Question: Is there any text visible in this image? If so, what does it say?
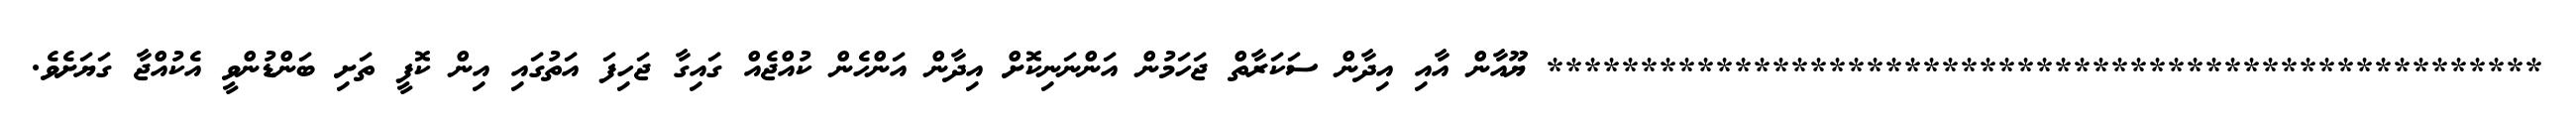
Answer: ***************************************************** ޔޫއާން އާއި އިދާން ސަކަރާތް ޖަހަމުން އަންނަނިކޮށް އިދާން އަންހެން ކުއްޖެއް ގައިގާ ޖަހިފަ އަތުގައި އިން ކޮފީ ތަށި ބަންޑުންވީ އެކުއްޖާ ގަޔަށެވެ.